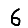
Digit: 6